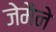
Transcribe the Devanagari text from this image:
जेमैने